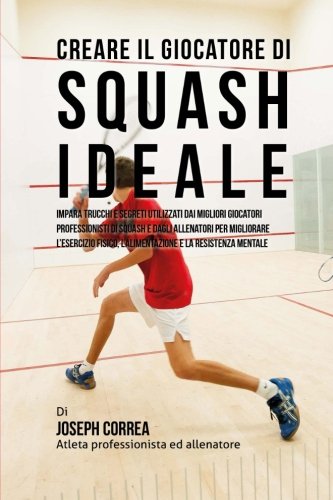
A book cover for Creare il Giocatore Di Squash Ideale: Impara Trucchi E Segreti Utilizzati Dai Migliori Giocatori Professionisti Di Squash E Dagli Allenatori Per ... E La Resistenza Mentale (Italian Edition); Joseph Correa (Atleta Professionista Ed Allenatore); Sports & Outdoors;